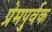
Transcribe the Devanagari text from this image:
प्रेमपुर्वक